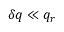
\delta q \ll q _ { r }